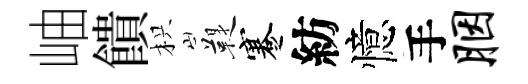
岫饋枳鞮蹇紡憶手胭